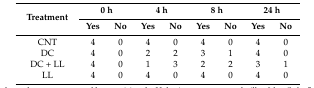
| <ROWSPAN=2> Treatment | <COLSPAN=2> 0 h | <COLSPAN=2> 4 h | <COLSPAN=2> 8 h | <COLSPAN=2> 24 h |
 | Yes | No | Yes | No | Yes | No | Yes | No |
 | --- | --- | --- | --- | --- | --- | --- | --- | --- |
 | CNT | 4 | 0 | 4 | 0 | 4 | 0 | 4 | 0 |
 | DC | 4 | 0 | 2 | 2 | 3 | 1 | 4 | 0 |
 | DC + LL | 4 | 0 | 1 | 3 | 2 | 2 | 3 | 1 |
 | LL | 4 | 0 | 4 | 0 | 4 | 0 | 4 | 0 |